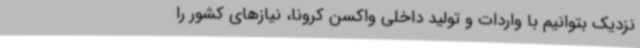
نزدیک بتوانیم با واردات و تولید داخلی واکسن کرونا، نیازهای کشور را